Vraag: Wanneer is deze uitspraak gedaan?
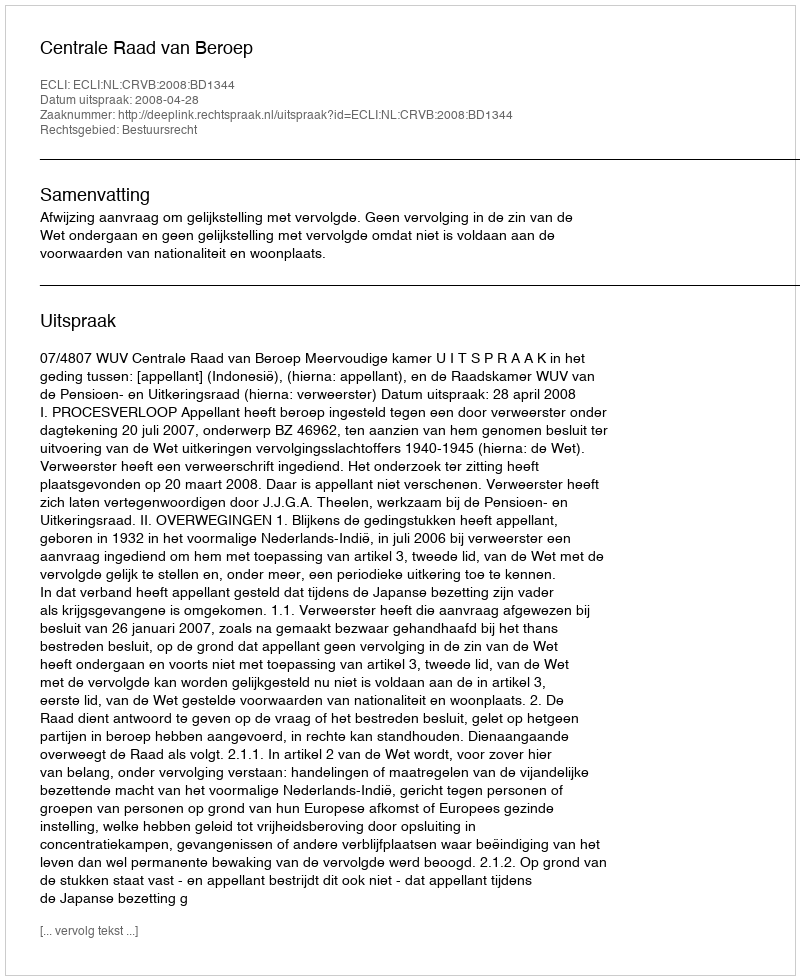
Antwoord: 2008-04-28